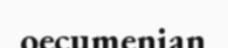
oecumenian